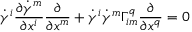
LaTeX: { \dot { \gamma } } ^ { i } { \frac { \partial { \dot { \gamma } } ^ { m } } { \partial x ^ { i } } } { \frac { \partial } { \partial x ^ { m } } } + { \dot { \gamma } } ^ { i } { \dot { \gamma } } ^ { m } \Gamma _ { i m } ^ { q } { \frac { \partial } { \partial x ^ { q } } } = 0